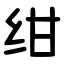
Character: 绀